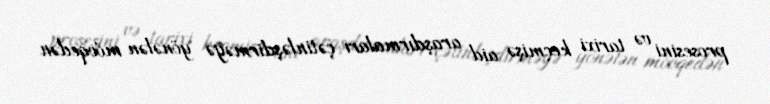
prosesini və tarixi keçmişə aid araşdırmaları çətinləşdirməyə yönələn mövqedən